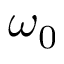
\omega _ { 0 }